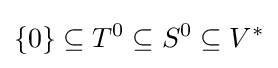
\{0\}\subseteq T^{0}\subseteq S^{0}\subseteq V^{*}